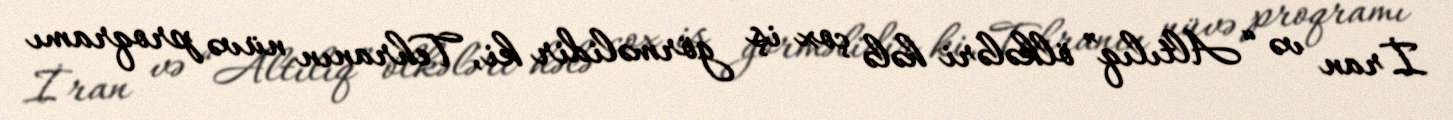
İran və “Altılıq” ölkələri hələ çox iş görməlidir ki, Tehranın nüvə proqramı